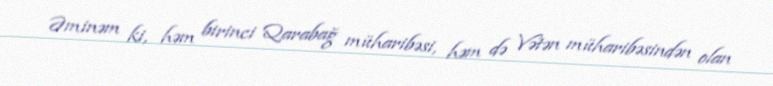
Əminəm ki, həm birinci Qarabağ müharibəsi, həm də Vətən müharibəsindən olan